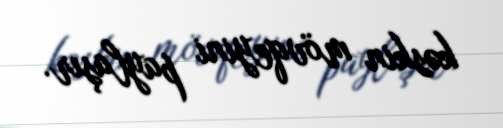
kəskin mövqeyini paylaşır.